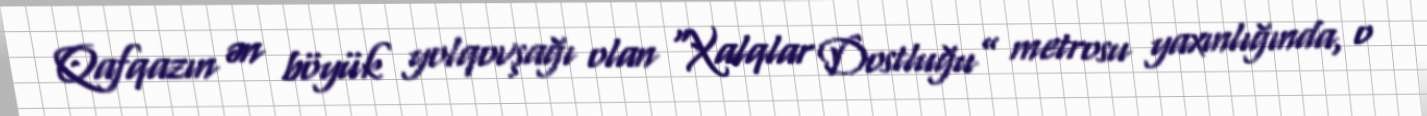
Qafqazın ən böyük yolqovşağı olan “Xalqlar Dostluğu” metrosu yaxınlığında, o